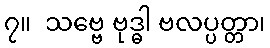
၇။  သဗ္ဗေ ဗုဒ္ဓါ ဗလပ္ပတ္တာ၊